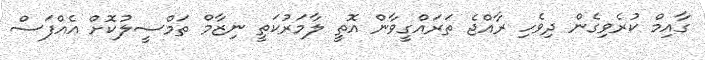
ގާއިމް ކުރެވިގެން ދިވެހި ރާއްޖެ ތަރައްގީވާން އޮތީ ލާމަރުކަތީ ނިޒާމް ތަމްސީލުކޮށް އެއްފަސް